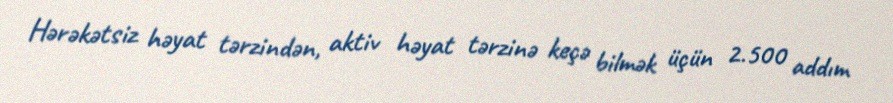
Hərəkətsiz həyat tərzindən, aktiv həyat tərzinə keçə bilmək üçün 2.500 addım